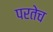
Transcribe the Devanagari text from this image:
परतेच